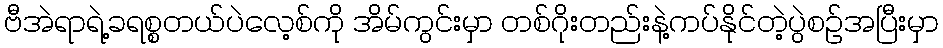
ဗီအဲရာရဲ့ခရစ္စတယ်ပဲလေ့စ်ကို အိမ်ကွင်းမှာ တစ်ဂိုးတည်းနဲ့ကပ်နိုင်တဲ့ပွဲစဉ်အပြီးမှာ